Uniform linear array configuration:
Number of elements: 16
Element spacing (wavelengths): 0.75
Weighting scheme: cosine
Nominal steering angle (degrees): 45
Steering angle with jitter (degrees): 44.422
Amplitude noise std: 0.05
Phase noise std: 0.05

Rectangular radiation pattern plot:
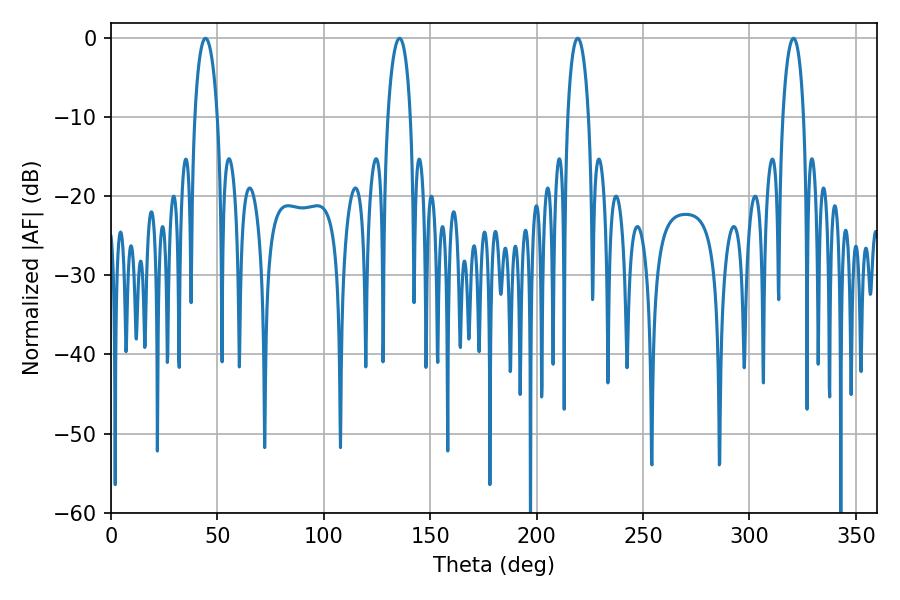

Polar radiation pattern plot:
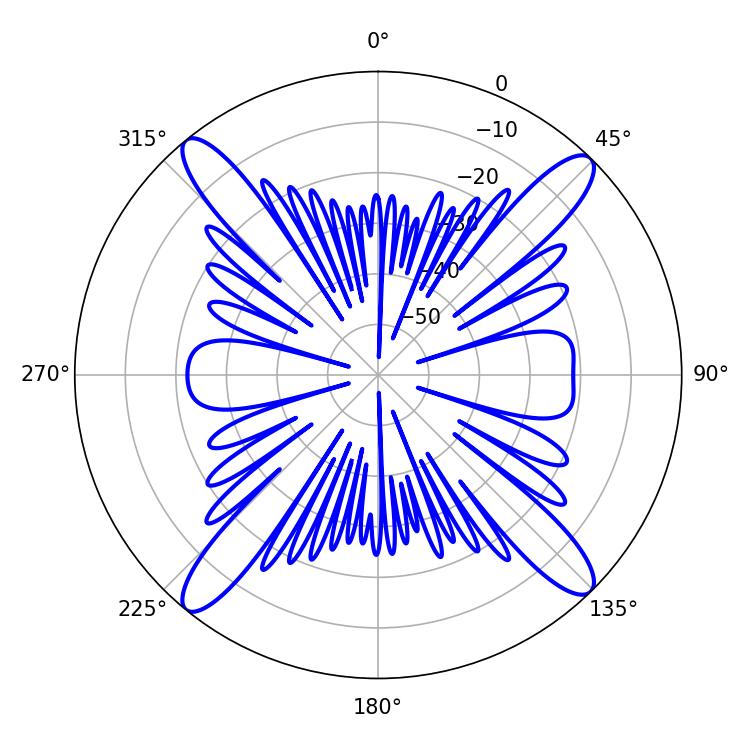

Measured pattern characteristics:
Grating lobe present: TRUE
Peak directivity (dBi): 18.442
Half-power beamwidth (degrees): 6.12
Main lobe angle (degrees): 44.46